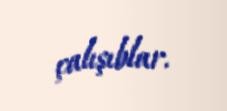
çalışıblar.